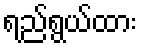
ရည်ရွယ်ထား